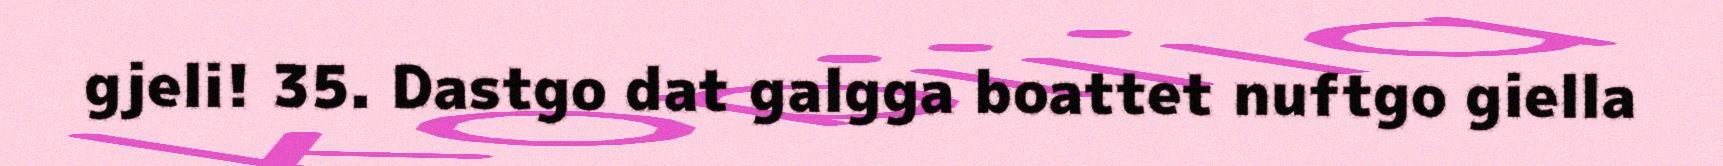
gjeli! 35. Dastgo dat galgga boattet nuftgo giella